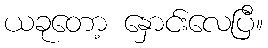
ယခုတော့ နှောင်းလေပြီ။